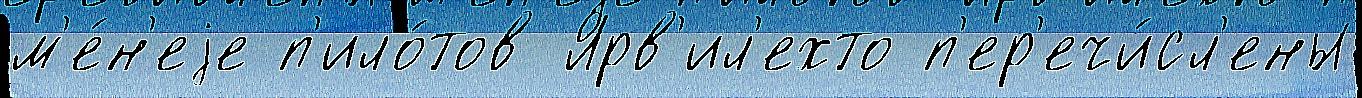
м'е́н'еjе п'ило́тов Ярв'ил'ехто п'ер'ечи́сл'ены